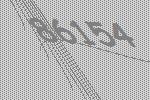
86154